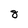
Character: 8